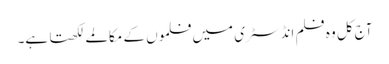
آج کل و ہ فلم انڈسٹری میں فلموں کے مکالمے لکھتا ہے۔